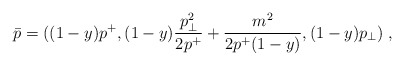
\begin{align*}\bar{p}=((1-y)p^+,(1-y){{p_\perp^2 } \over {2p^+}}+{m^2 \over {2p^+(1-y)}},(1-y)p_\perp) \;,\end{align*}